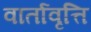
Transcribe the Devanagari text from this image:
वार्तावृत्ति